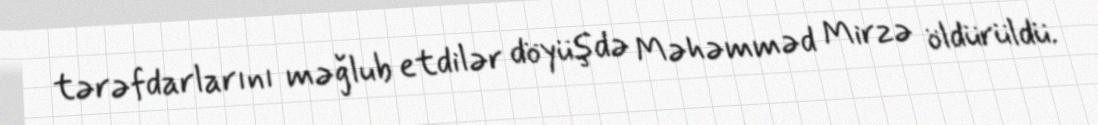
tərəfdarlarını məğlub etdilər döyüşdə Məhəmməd Mirzə öldürüldü.